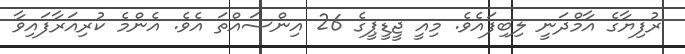
ރުފިޔާގެ އާމްދަނީ ލިބިފައެވެ. މިއީ ޖީޑީޕީގެ 26 އިންސައްތަ އެވެ. އެންމެ ކުރިއަރާފައިވާ